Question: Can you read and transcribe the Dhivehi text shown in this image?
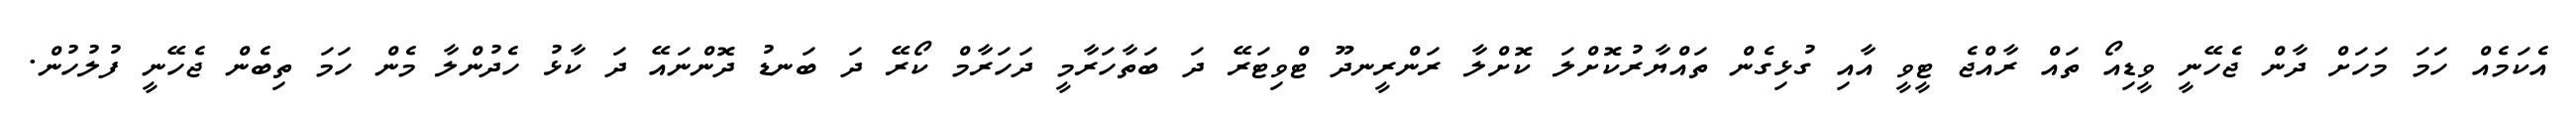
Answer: އެކަމެއް ހަމަ މަހަށް ދާން ޖެހޭނީ ވީޑިއޯ ތައް ރާއްޖެ ޓީވީ އާއި ގުޅިގެން ތައްޔާރުކޮށްލަ ކޮށްލާ ރަންރީނދޫ ޓްވިޓަރޭ ދަ ބަތާހަރާމީ ދަހަރާމް ކޯރޭ ދަ ބަނޑު ދޮންނައޭ ދަ ކާޅު ހެދުންލާ މެން ހަމަ ތިބެން ޖެހޭނީ ފުލުހުން.